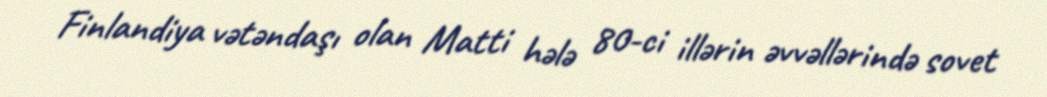
Finlandiya vətəndaşı olan Matti hələ 80-ci illərin əvvəllərində sovet